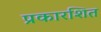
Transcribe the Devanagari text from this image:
प्रकारशित